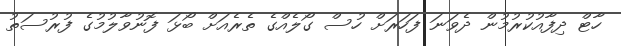
ހާޓް ދިފާއުކުރުމުން ދެވަނަ ފަހަރަށް ހުސް ގޯލެއްގެ ތެރެއަށް ބޯޅަ ފޮނުވާލުމުގެ ފުރުސަތު